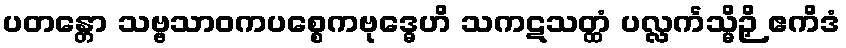
ပတန္တော သဗ္ဗသာဝကပစ္စေကဗုဒ္ဓေဟိ သကဋသတ္ထံ ပလ္လင်္ကသ္မိဉှိ ဧကိဒံ